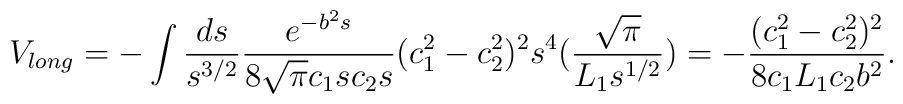
V_{long}= -\int \frac{ds}{s^{3/2}}\frac{e^{-b^2 s}}{8\sqrt{\pi} c_1 s c_2 s}(c_{1}^{2}-c_{2}^{2})^{2}s^4 (\frac{\sqrt{\pi}}{L_1 s^{1/2}})=-\frac{(c_{1}^{2}-c_{2}^{2})^{2}}{8 c_1 L_1 c_2 b^{2}}.